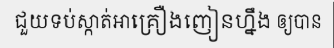
ជួយទប់ស្កាត់អាគ្រឿងញៀនហ្នឹង ឲ្យបាន